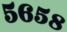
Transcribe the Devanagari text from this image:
५६५८